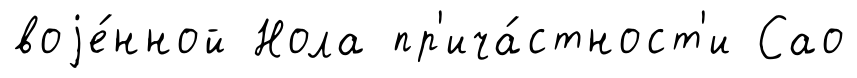
воjе́нной Нола пр'ича́стност'и Сао